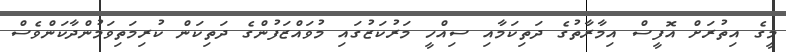
މީގެ އިތުރަށް އޮފީސް އިމާރާތުގެ ދަތިކަމާއި ސިއްހީ މަރުކަޒުގައި މުވައްޒަފުންގެ ދަތިކަން ކުރިމަތިވަމުންދާކަންވެސް